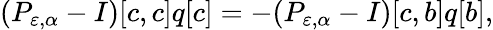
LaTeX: (P_{\varepsilon,\alpha}-I)[c,c]q[c]=-(P_{\varepsilon,\alpha}-I)[c,b]q[b],